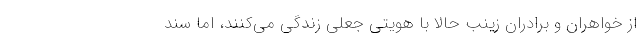
از خواهران و برادران زينب حالا با هويتي جعلي زندگي مي‌كنند، اما سند